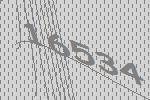
16534